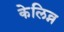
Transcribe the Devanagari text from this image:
केलिव्न